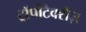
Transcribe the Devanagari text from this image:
ट्रॉपोटैक्सेज़